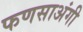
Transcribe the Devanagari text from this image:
फणसाअंगी